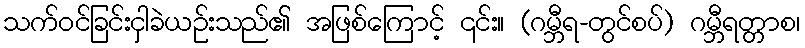
သက်ဝင်ခြင်းငှါခဲယဉ်းသည်၏ အဖြစ်ကြောင့် ၎င်း။ (ဂမ္ဘီရ-တွင်စပ်) ဂမ္ဘီရတ္တာစ၊